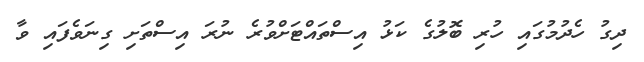
ދިގު ހެދުމުގައި ހުރި ބޮލުގެ ކަޅު އިސްތައްޓަށްވުރެ ނުރަ އިސްތަށި ގިނަވެފައި ވާ